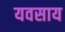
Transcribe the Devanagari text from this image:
यवसाय